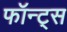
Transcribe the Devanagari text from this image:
फॉन्ट्स